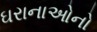
ઘરાનાઓનો